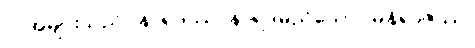
လူအများသည်။ နာရဒဿ၊ နာရဒမည်သော။ မုနိရာဇဿ၊